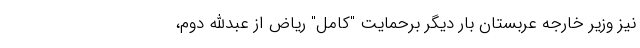
نیز وزیر خارجه عربستان بار دیگر برحمایت "کامل" ریاض از عبدالله دوم،